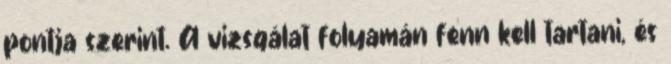
pontja szerint. A vizsgálat folyamán fenn kell tartani, és